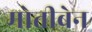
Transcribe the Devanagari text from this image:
मोतीबेन